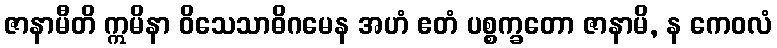
ဇာနာမီတိ ဣမိနာ ဝိသေသာဓိဂမေန အဟံ ဧတံ ပစ္စက္ခတော ဇာနာမိ, န ကေဝလံ